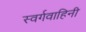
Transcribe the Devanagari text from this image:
स्वर्गवाहिनी